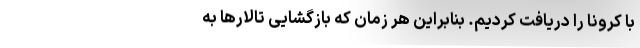
با کرونا را دریافت کردیم. بنابراین هر زمان که بازگشایی تالارها به